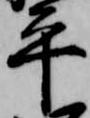
平